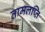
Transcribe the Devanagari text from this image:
तामलप्ति